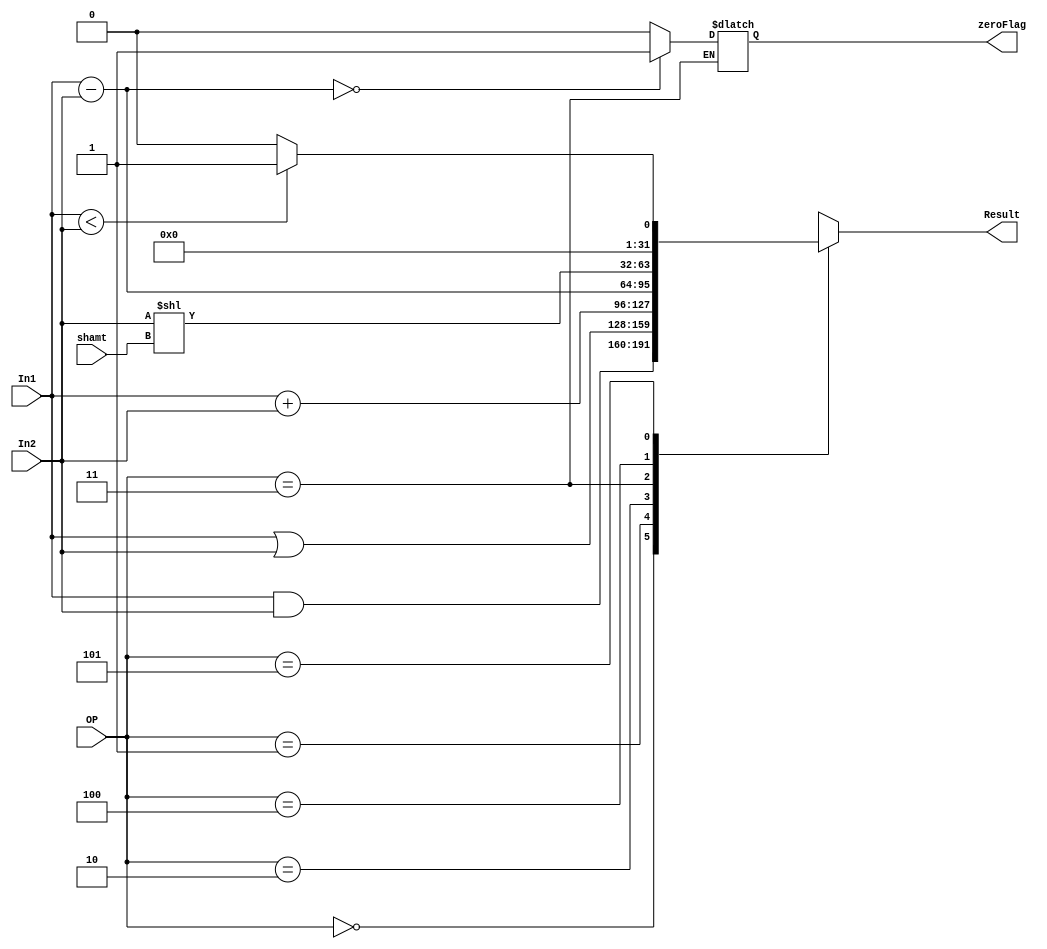
module ALU (In1 , In2 , OP ,shamt, Result, zeroFlag);

input signed [31:0] In1 , In2 ;
input [3:0] OP ; 
input [4:0] shamt ;

output reg signed [31:0] Result ;
output reg zeroFlag;

always @(In1 or In2 or OP or shamt)
begin
    case (OP)
       0 : Result <= In1 & In2 ; // and
       1 : Result <= In1 | In2 ; // or
       2 : Result <= In1 + In2 ; // add
       3 : begin
	   Result = In1 - In2 ; 
           if(Result==32'b0) begin
		zeroFlag<=1; end
	   else begin
		zeroFlag<=1'b0; end
	   end
		
       4 : Result <= In2 << shamt ; //sll
       5 : Result <= (In1 < In2) ? 1 : 0 ; //slt
       default : Result <= 32'b x ; 
    endcase



end
endmodule